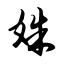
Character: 姝